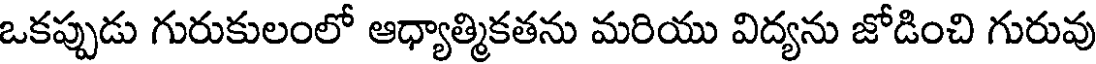
ఒకప్పుడు గురుకులంలో ఆధ్యాత్మికతను మరియు విద్యను జోడించి గురువు